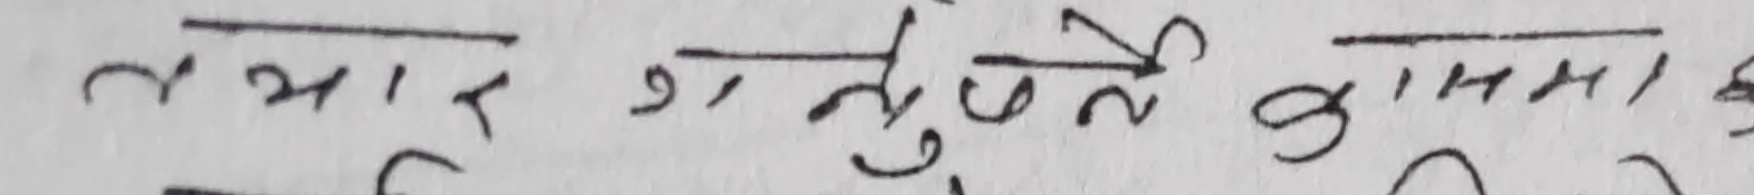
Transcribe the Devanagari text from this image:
तयार हो। सुनु है सामाह